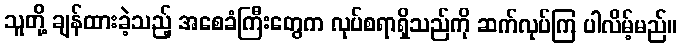
သူတို့ ချန်ထားခဲ့သည့် အစေခံကြီးတွေက လုပ်စရာရှိသည်ကို ဆက်လုပ်ကြ ပါလိမ့်မည်။